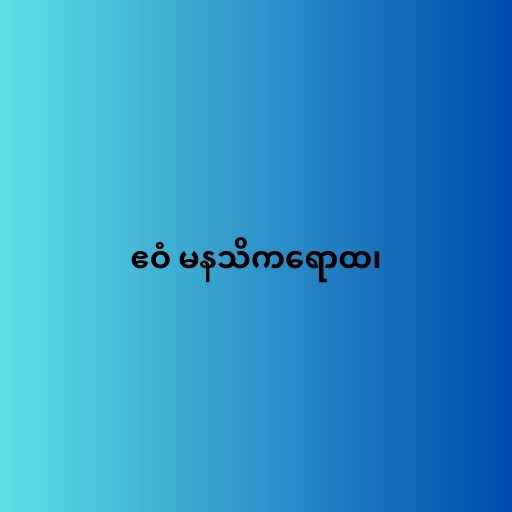
ဧဝံ မနသိကရောထ၊